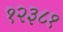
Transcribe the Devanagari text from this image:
१२३८१